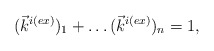
\begin{align*}(\vec{k}^{i(ex)})_1+ \ldots (\vec{k}^{i(ex)})_n=1,\end{align*}